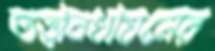
তত্ত্বাবধায়নের